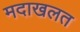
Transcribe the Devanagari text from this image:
मदाखलत